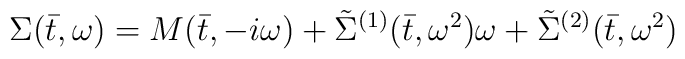
\Sigma(\bar{t},\omega) = M(\bar{t},-i\omega) +\tilde{\Sigma}^{(1)}(\bar{t},\omega^2)\omega +\tilde{\Sigma}^{(2)}(\bar{t}, \omega^2)